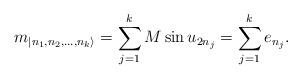
LaTeX: \begin{align*}m_{|n_{1},n_{2},\dots ,n_{k}\rangle }=\sum ^{k}_{j=1}M\sin u_{2n_{j}}=\sum _{j=1}^{k}e_{n_j}.\end{align*}